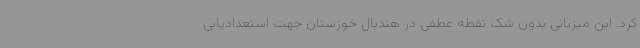
کرد. این میزبانی بدون شک نقطه عطفی در هندبال خوزستان جهت استعدادیابی